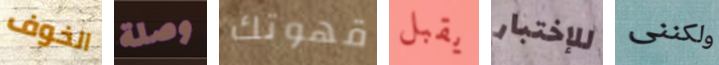
الخوف وصلة قهوتك يقبل للإختبار ولكننى